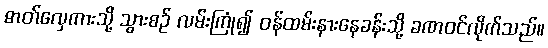
ဓာတ်လှေကားသို့ သွားစဉ် လမ်းကြုံ၍ ဝန်ထမ်းနားနေခန်းသို့ ခဏဝင်လိုက်သည်။